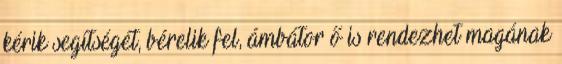
kérik segítségét, bérelik fel, ámbátor ő is rendezhet magának